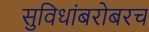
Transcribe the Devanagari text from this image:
सुविधांबरोबरच